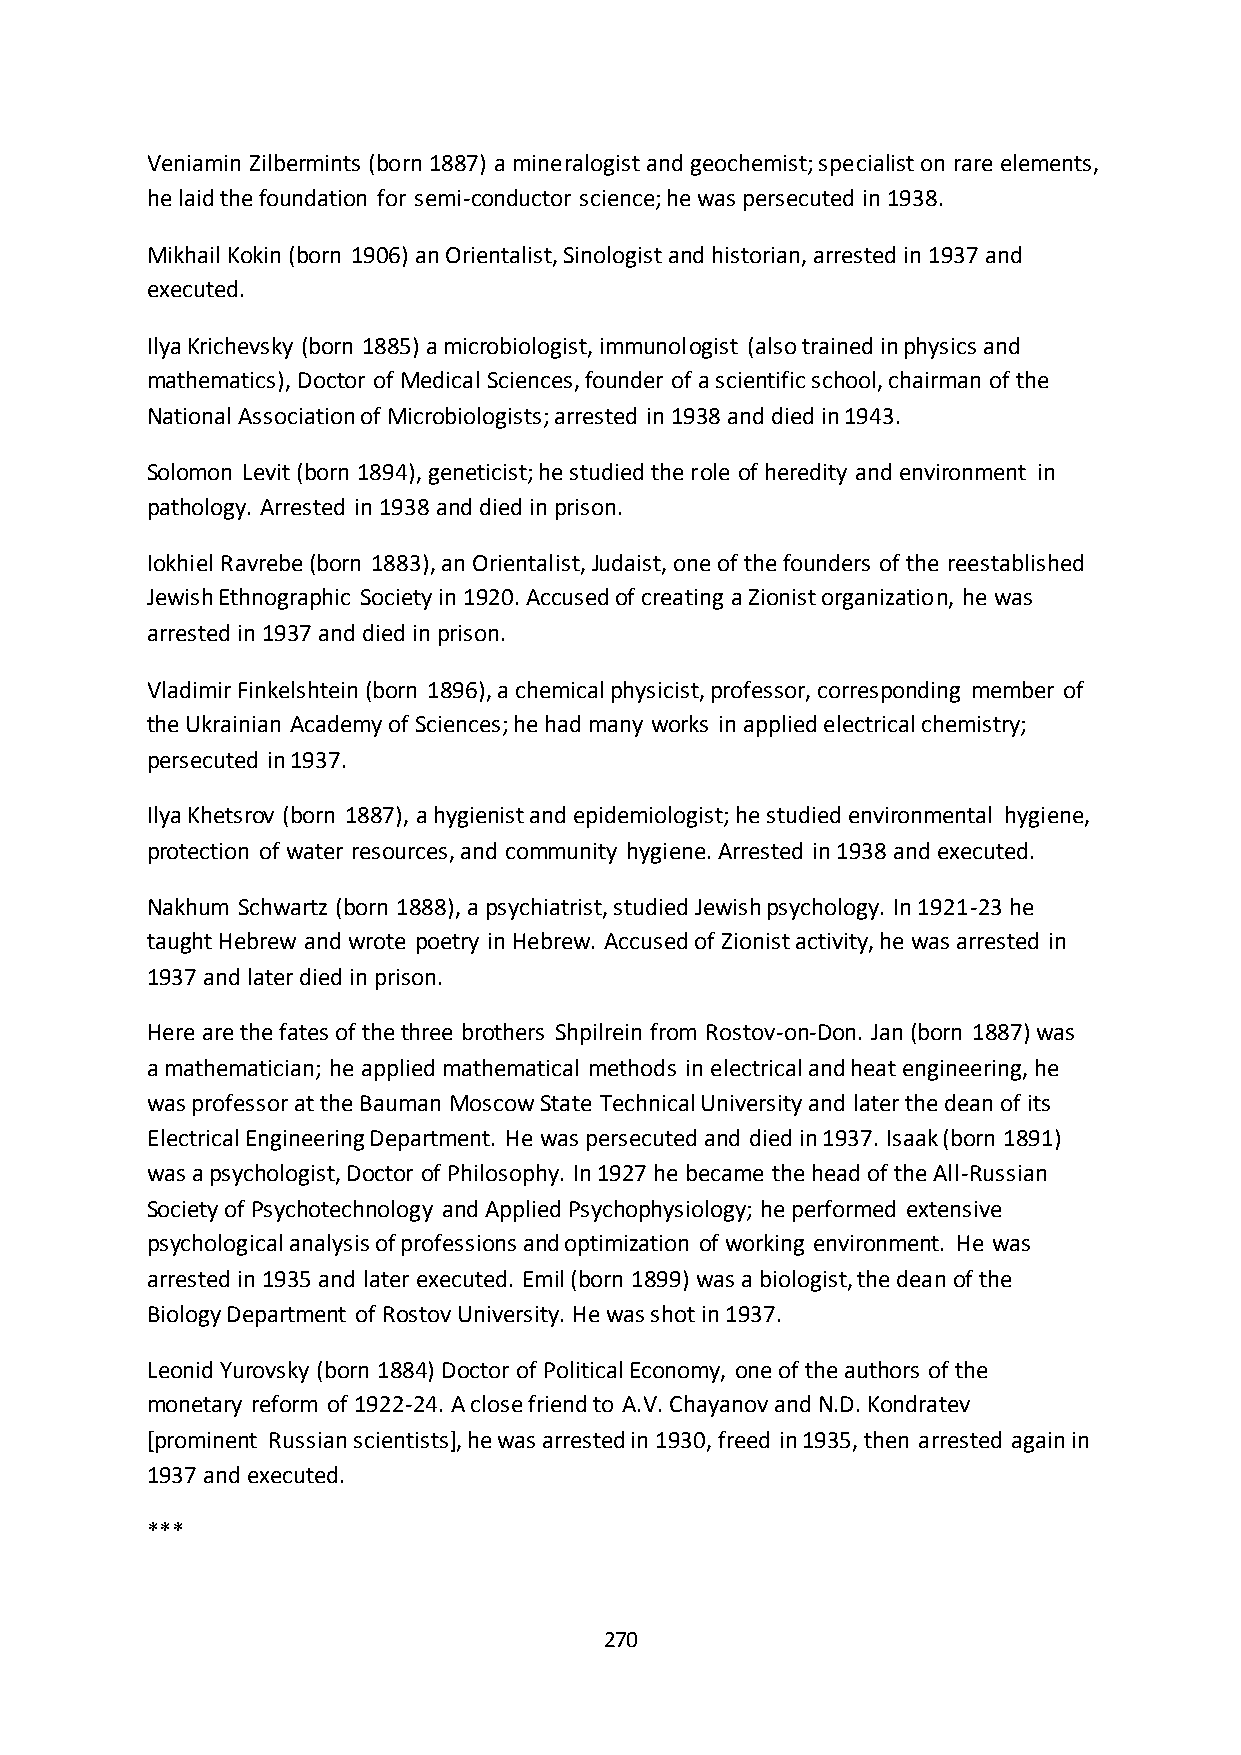
Veniamin Zilbermints (born 1887) a mineralogist and geochemist; specialist on rare elements,
 he laid the foundation for semi-conductor science; he was persecuted in 1938.
 Mikhail Kokin (born 1906) an Orientalist, Sinologist and historian, arrested in 1937 and
 executed.
 Ilya Krichevsky (born 1885) a microbiologist, immunologist (also trained in physics and
 mathematics), Doctor of Medical Sciences, founder of a scientific school, chairman of the
 National Association of Microbiologists; arrested in 1938 and died in 1943.
 Solomon Levit (born 1894), geneticist; he studied the role of heredity and environment in
 pathology. Arrested in 1938 and died in prison.
 Iokhiel Ravrebe (born 1883), an Orientalist, Judaist, one of the founders of the reestablished
 Jewish Ethnographic Society in 1920. Accused of creating a Zionist organization, he was
 arrested in 1937 and died in prison.
 Vladimir Finkelshtein (born 1896), a chemical physicist, professor, corresponding member of
 the Ukrainian Academy of Sciences; he had many works in applied electrical chemistry;
 persecuted in 1937.
 Ilya Khetsrov (born 1887), a hygienist and epidemiologist; he studied environmental hygiene,
 protection of water resources, and community hygiene. Arrested in 1938 and executed.
 Nakhum Schwartz (born 1888), a psychiatrist, studied Jewish psychology. In 1921-23 he
 taught Hebrew and wrote poetry in Hebrew. Accused of Zionist activity, he was arrested in
 1937 and later died in prison.
 Here are the fates of the three brothers Shpilrein from Rostov-on-Don. Jan (born 1887) was
 a mathematician; he applied mathematical methods in electrical and heat engineering, he
 was professor at the Bauman Moscow State Technical University and later the dean of its
 Electrical Engineering Department. He was persecuted and died in 1937. Isaak (born 1891)
 was a psychologist, Doctor of Philosophy. In 1927 he became the head of the All-Russian
 Society of Psychotechnology and Applied Psychophysiology; he performed extensive
 psychological analysis of professions and optimization of working environment. He was
 arrested in 1935 and later executed. Emil (born 1899) was a biologist, the dean of the
 Biology Department of Rostov University. He was shot in 1937.
 Leonid Yurovsky (born 1884) Doctor of Political Economy, one of the authors of the
 monetary reform of 1922-24. A close friend to A.V. Chayanov and N.D. Kondratev
 [prominent Russian scientists], he was arrested in 1930, freed in 1935, then arrested again in
 1937 and executed.
 ***
 270